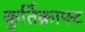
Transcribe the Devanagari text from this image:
कुर्तिक्राफ्ट